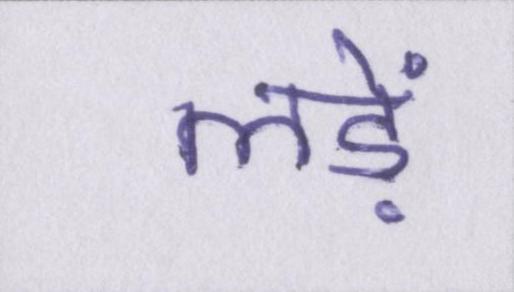
लड़ें